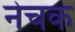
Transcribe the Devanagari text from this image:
नेचक